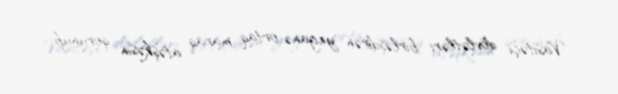
Vasitəçi dövlətləri birləşdirən yeganə ortaq maraq atəşkəsin qorunub